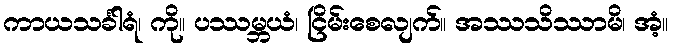
ကာယသင်္ခါရံ၊ ကို။ ပဿမ္ဘယံ၊ ငြိမ်းစေလျက်။ အဿသိဿာမိ၊ အံ့။